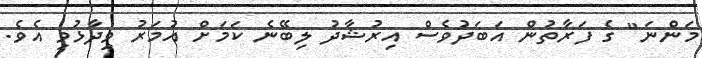
މަންނަ" ގެ ފަރާތުން އަބަދުވެސް އިރުޝާދު ލިބޭނެ ކަމަށް އުމަރު ވިދާޅުވި އެވެ.